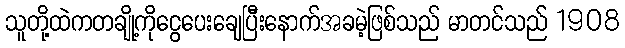
သူတို့ထဲကတချို့ကိုငွေပေးချေပြီးနောက်အခမဲ့ဖြစ်သည် မာတင်သည် 1908